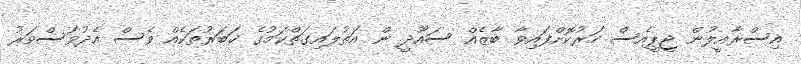
އިސްރާއީލުން ޖީޕީއެސް ހަރުކޮށްފައިވާ ބާޒެއް ސައޫދީ ން އަތުލައިގަތްކަމުގެ ޚަބަރުތަކެއް ވެސް އެދުވަސްވަރު